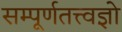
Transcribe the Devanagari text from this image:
सम्पूर्णतत्त्वज्ञो